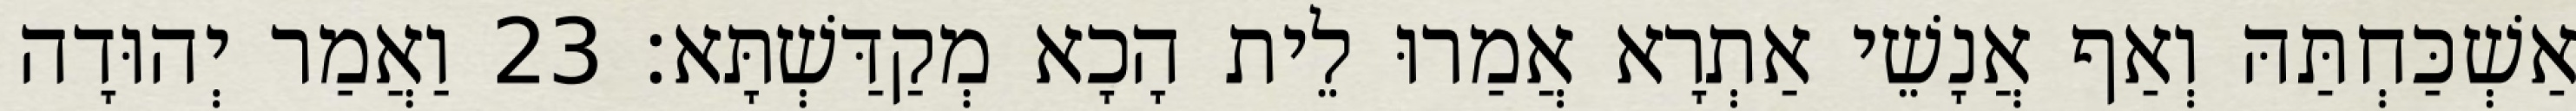
אַשְׁכַּחְתַּהּ וְאַף אֲנָשֵׁי אַתְרָא אֲמַרוּ לֵית הָכָא מְקַדַּשְׁתָּא׃ 23 וַאֲמַר יְהוּדָה